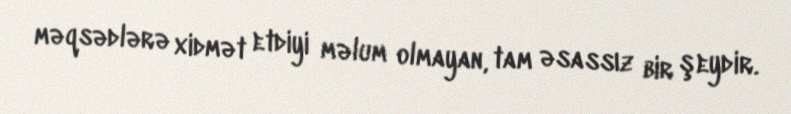
məqsədlərə xidmət etdiyi məlum olmayan, tam əsassız bir şeydir.